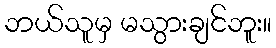
ဘယ်သူမှ မသွားချင်ဘူး။